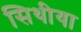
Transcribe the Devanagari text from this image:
सिथीया